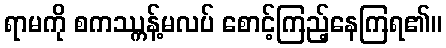
ရာမကို စကဿ္ကန့်မလပ် စောင့်ကြည့်နေကြရ၏။